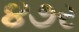
૪૭ર